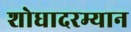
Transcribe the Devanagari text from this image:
शोधादरम्यान